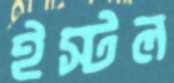
ইস্টল